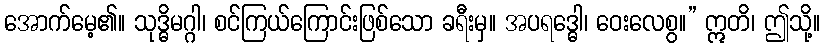
အောက်မေ့၏။ သုဒ္ဓိမဂ္ဂါ၊ စင်ကြယ်ကြောင်းဖြစ်သော ခရီးမှ။ အပရဒ္ဓေါ၊ ဝေးလေစွ။” ဣတိ၊ ဤသို့။